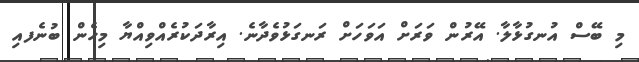
މި ބޭސް އުނގުޅާލާ. އޭރުން ވަރަށް އަވަހަށް ރަނގަޅުވެދާނެ. އިރާދަކުރެއްވިއްޔާ މިހެން ބުނެފއި